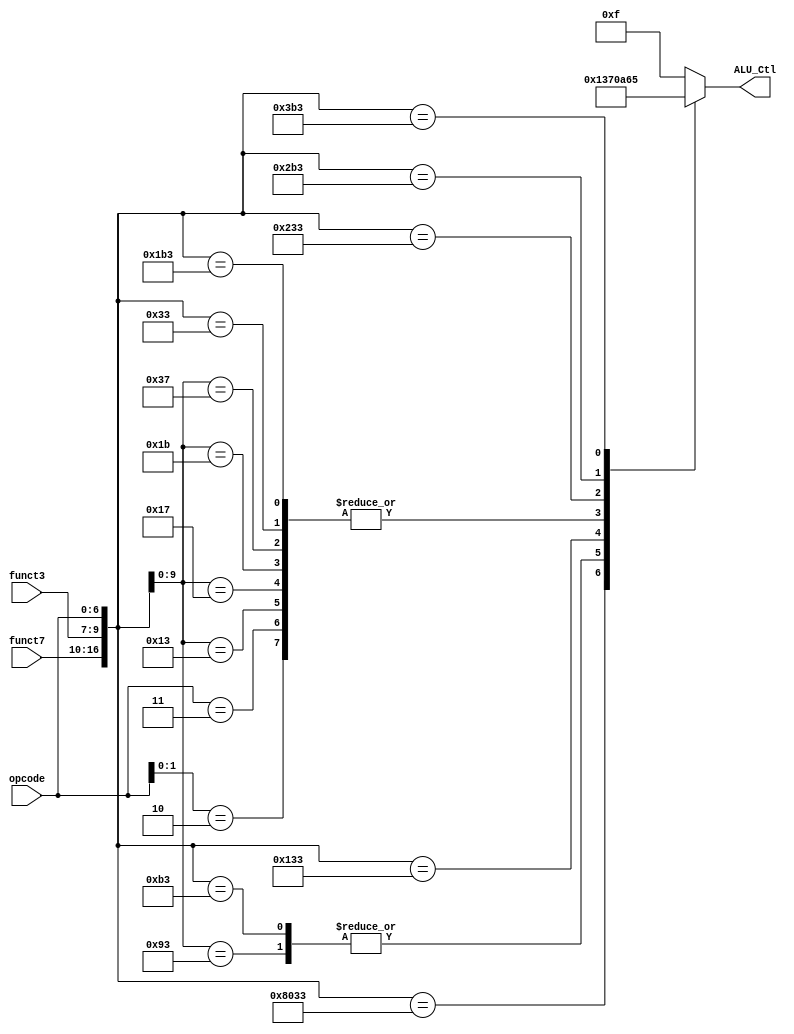
module aluctl(
    output reg[3:0] ALU_Ctl,
    input [6:0] opcode,
    input [2:0] funct3,
    input [6:0] funct7
);

wire [16:0] ALUCtl_in;

assign ALUCtl_in = {funct7,funct3,opcode};
always @ (ALUCtl_in) 
casez (ALUCtl_in)
    17'b???????_???_?????10 : ALU_Ctl =  4'b0000;  // 16 bit instruction
    17'b???????_???_0000011 : ALU_Ctl =  4'b0000;  // Load: Add
    17'b???????_000_0010011 : ALU_Ctl =  4'b0000;  // ADDI: Add
    17'b???????_000_0010111 : ALU_Ctl =  4'b0000;  // AUIPC: Add
    17'b???????_000_0011011 : ALU_Ctl =  4'b0000;  // ADDIW: Add
    17'b???????_000_0110111 : ALU_Ctl =  4'b0000;  // LUI: Add
    17'b???????_001_0010011 : ALU_Ctl =  4'b0011;  // Shift Left
    17'b0000000_000_0110011 : ALU_Ctl =  4'b0000;  // Add
    17'b0100000_000_0110011 : ALU_Ctl =  4'b0001;  // Sub
    17'b0000000_001_0110011 : ALU_Ctl =  4'b0011;  // Shift Left
    17'b0000000_010_0110011 : ALU_Ctl =  4'b0111;  // Set Less Than
    17'b0000000_011_0110011 : ALU_Ctl =  4'b0000;  // Set Less Than unsigned 
    17'b0000000_100_0110011 : ALU_Ctl =  4'b1010;  // xor
    17'b0000000_101_0110011 : ALU_Ctl =  4'b0110;  // or
    17'b0000000_111_0110011 : ALU_Ctl =  4'b0101;  // and
    
    

    default: ALU_Ctl = 4'b1111;
endcase

endmodule